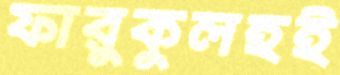
ফারুকুলহই